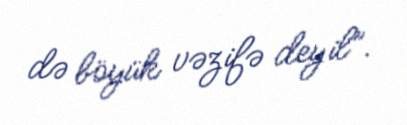
də böyük vəzifə deyil”.